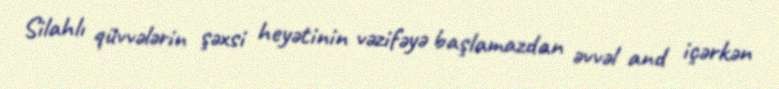
Silahlı qüvvələrin şəxsi heyətinin vəzifəyə başlamazdan əvvəl and içərkən